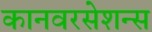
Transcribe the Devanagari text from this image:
कानवरसेशन्स